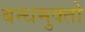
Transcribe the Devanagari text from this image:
बन्धमुक्तो